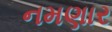
નમણાર